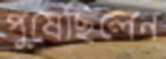
পুষেছিলেন